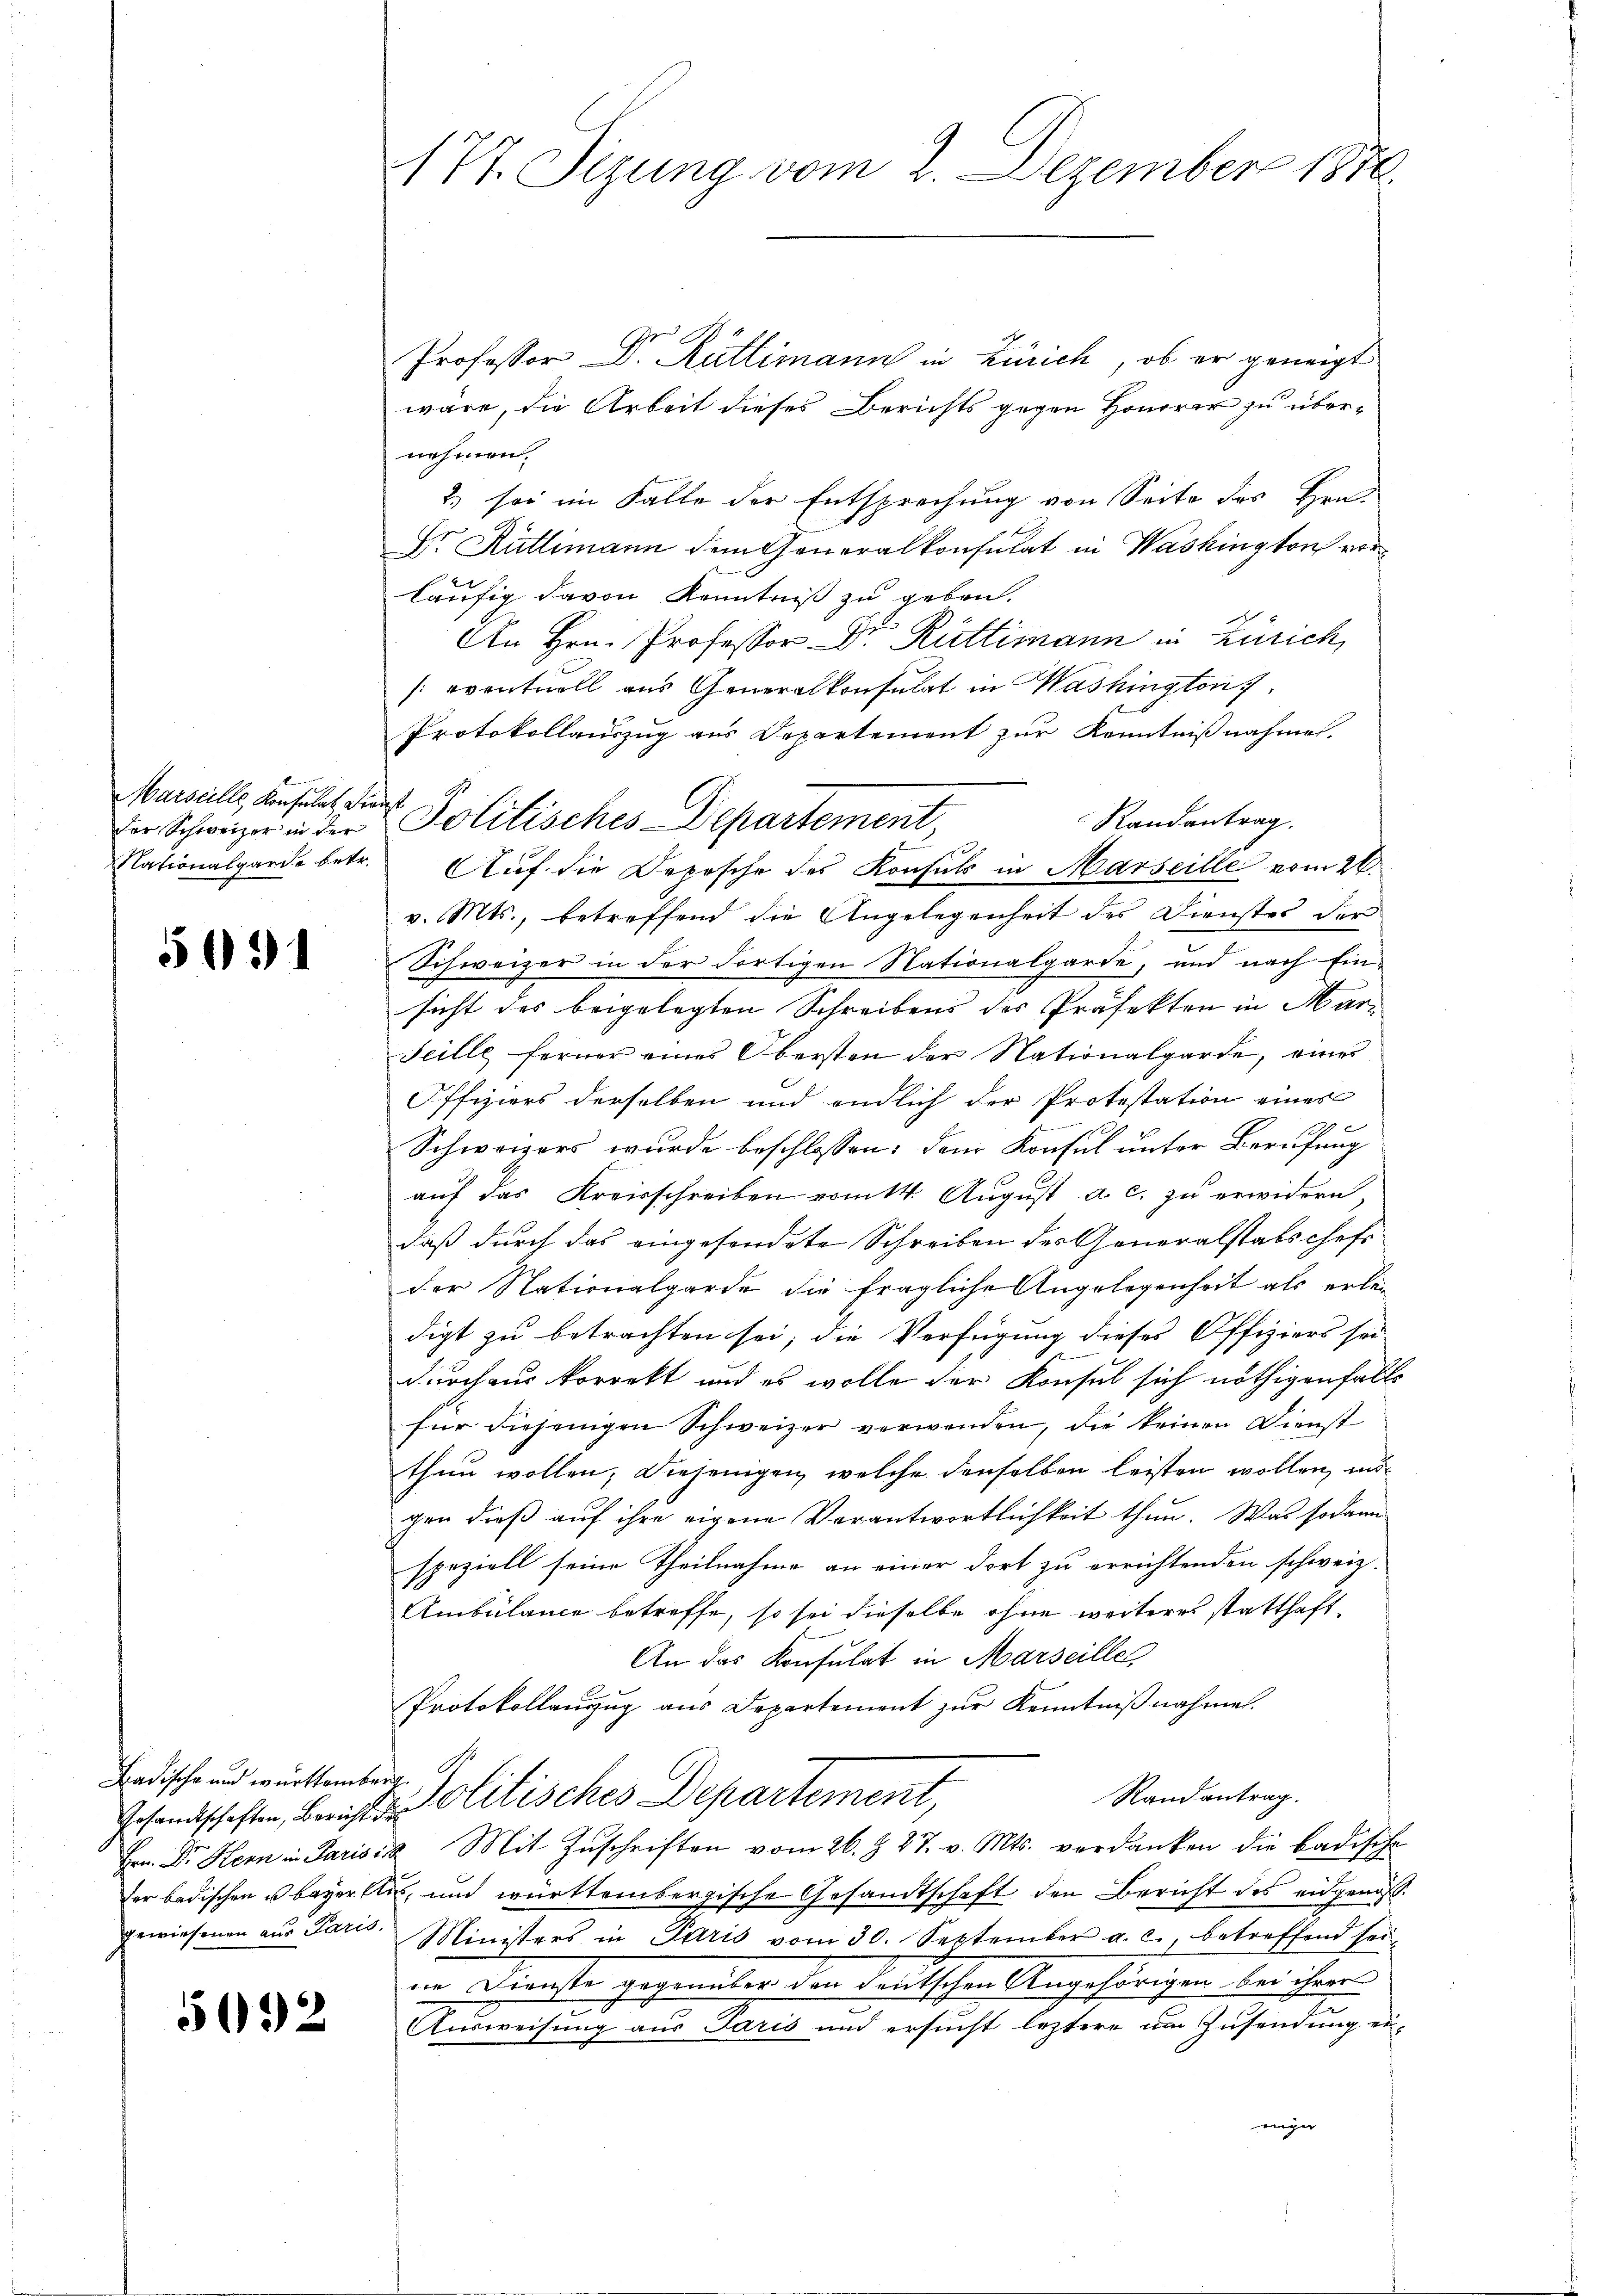
Marseille, Konsulat. Dienst

5031

Gr
Professor D. Ruttimann in Zürich, ob er geneigt
wäre, die Arbeit dieses Berichts gegen Honorar zu übernehmen.
2) sei im Falle der Entsprechung von Seite des Hrn.
Dr. Rüttimann dem Generalkonsulat in Washington vorläufig davon Kenntniß zu geben.
An Hrn. Professor Dr. Rüttimann in Zürich,
(eventuell aus Generalkonsulat in Washington
Protokollauszug aus Departement zur Kenntnißnahme.
Randantrag.
Nationalgarde betr. Auf die Depesche des Konsuls in Marseille vom 26.
v. Mts., betreffend die Angelegenheit des Dienstes der
Schweizer in der dortigen Nationalgarde, und nach Ein-
sicht des beigelegten Schreibens des Präfekten in Mar¬
Seille ferner eines Obersten der Nationalgarde, einer
Offiziers derselben und endlich der Protestation eines
1
Schweizers wurde beschlossen: dem Konsul unter Berufung
auf das Kreisschreiben romtt. August a. c. zu erwidern
daß durch das eingesendete Schreiben des Generalstatschefs
der Nationalgarde die fragliche Angelegenheit als erlei
digt zu betrachten sei; die Verfügung dieses Offiziers sei
durchaus korrekt und es wolle der Konsul sich nöthigenfalls
für diejenigen Schweizer verwenden, die keinen Dienst
thun wollen; diejenigen, welche denselben leisten wollen, m
gen dieß auf ihre eigene Verantwortlichkeit thun. Was sodann
speziell seine Theilnahme an einer dort zu errichtenden schweiz.
Ambülance betreffe, so sei dieselbe ohne weiteres statthaft
An das Konsulat in Marseille
Protokollauszug aus Departement zur Kenntnißnahmen.
Randantrag.
Gesandschaften, Berichts Politisches Departement,
Hrn. Dr. Hern in Paris Mit Zŭschriften vom 26. Z. 27. v. Mts. verdanken die badische
der badischen u. bayer Aus und württembergische Gesandtschaft den Bericht des eidgenoss
gewiesenen aŭs Paris. Ministers in Paris vom 30. September a. c., betreffend sei-
en Dienste gesandten der deutschen Angehörigen bei ihre
Ausweisung aus Paris und ersucht leztere um Zusendung eiwiger

Badische und württemberg.

5092

177. Sizung vom 2. Dezember 1870.

der Schweizer in der Politisches Departement